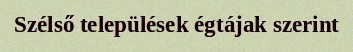
Szélső települések égtájak szerint